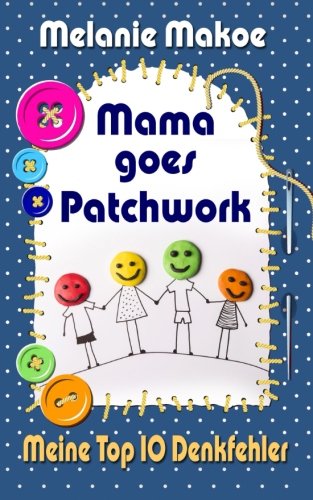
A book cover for Mama goes Patchwork: Meine Top 10 Denkfehler (German Edition); Melanie Makoe; Parenting & Relationships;